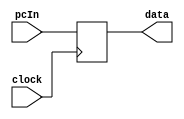
module tempreg(data,pcIn,clock);
	output reg [31:0] data;
	input wire [31:0] pcIn;	
	input clock;
	always @ (posedge clock)
	begin
		data<=pcIn;
	end
endmodule